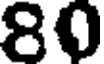
80